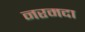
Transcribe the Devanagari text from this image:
नरमदा